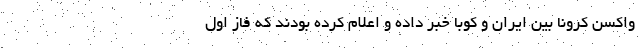
واکسن کرونا بین ایران و کوبا خبر داده و اعلام کرده بودند که فاز اول